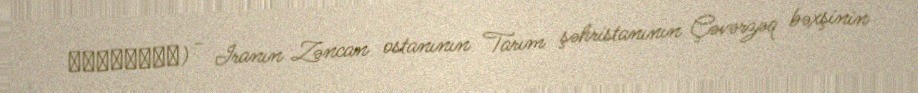
سرخ‌آباد) - İranın Zəncan ostanının Tarım şəhristanının Çəvərzəq bəxşinin